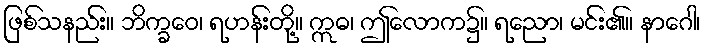
ဖြစ်သနည်း။ ဘိက္ခဝေ၊ ရဟန်းတို့။ ဣဓ၊ ဤလောက၌။ ရညော၊ မင်း၏။ နာဂေါ၊